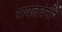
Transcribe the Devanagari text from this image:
रायलवनी